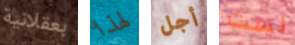
بعقلانية لهذا أجل لست